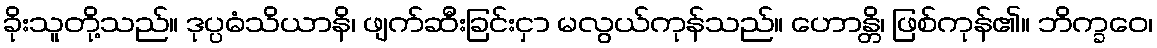
ခိုးသူတို့သည်။ ဒုပ္ပဓံသိယာနိ၊ ဖျက်ဆီးခြင်းငှာ မလွယ်ကုန်သည်။ ဟောန္တိ၊ ဖြစ်ကုန်၏။ ဘိက္ခဝေ၊